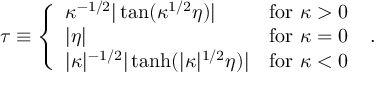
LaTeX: \tau \equiv \left\{ \begin{array} { l l } { { \kappa ^ { - 1 / 2 } | \tan ( \kappa ^ { 1 / 2 } \eta ) | } } & { { \mathrm { f o r } \ \kappa > 0 } } \\ { { | \eta | } } & { { \mathrm { f o r } \ \kappa = 0 } } \\ { { | \kappa | ^ { - 1 / 2 } | \operatorname { t a n h } ( | \kappa | ^ { 1 / 2 } \eta ) | } } & { { \mathrm { f o r } \ \kappa < 0 } } \end{array} \right. \ .